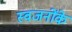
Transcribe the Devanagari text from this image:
स्वजनोंके